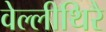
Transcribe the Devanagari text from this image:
वेल्लीथिरै